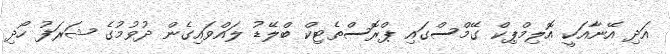
އަދި އޭނާއަކީ އޮލިމްޕިކް ގޭމްސްގައި ޕްރޮސްތެޓިކް ބްލޭޑު ލައްވައިގެން ދުވުމުގެ ޝަރަފު ހޯދި